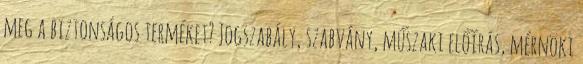
meg a biztonságos terméket? Jogszabály, szabvány, műszaki előírás, mérnöki